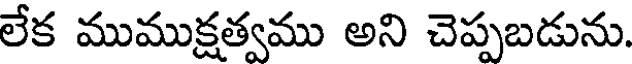
లేక ముముక్షత్వము అని చెప్పబడును.